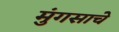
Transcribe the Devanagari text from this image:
मुंगसाचे